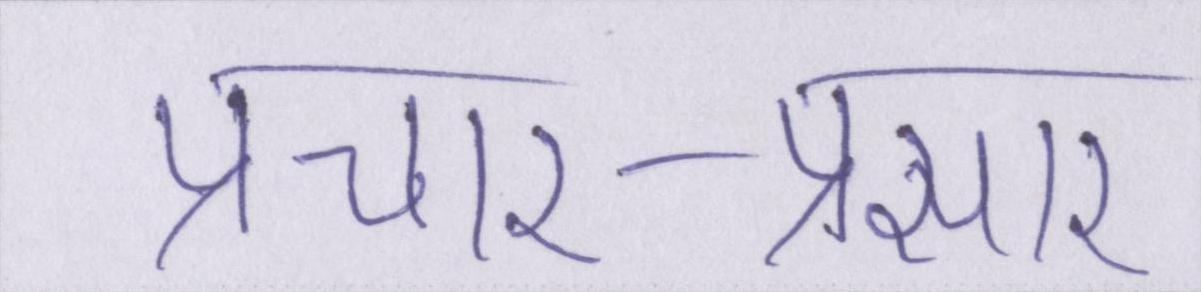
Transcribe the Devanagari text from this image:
प्रचार-प्रसार